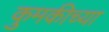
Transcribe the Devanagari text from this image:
कुमकीच्या